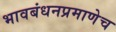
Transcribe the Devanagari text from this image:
भावबंधनप्रमाणेच